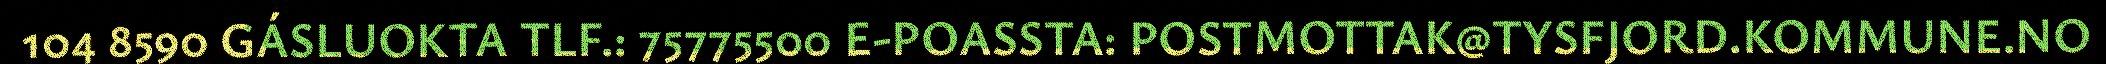
104 8590 GÁSLUOKTA TLF.: 75775500 E-POASSTA: POSTMOTTAK@TYSFJORD.KOMMUNE.NO